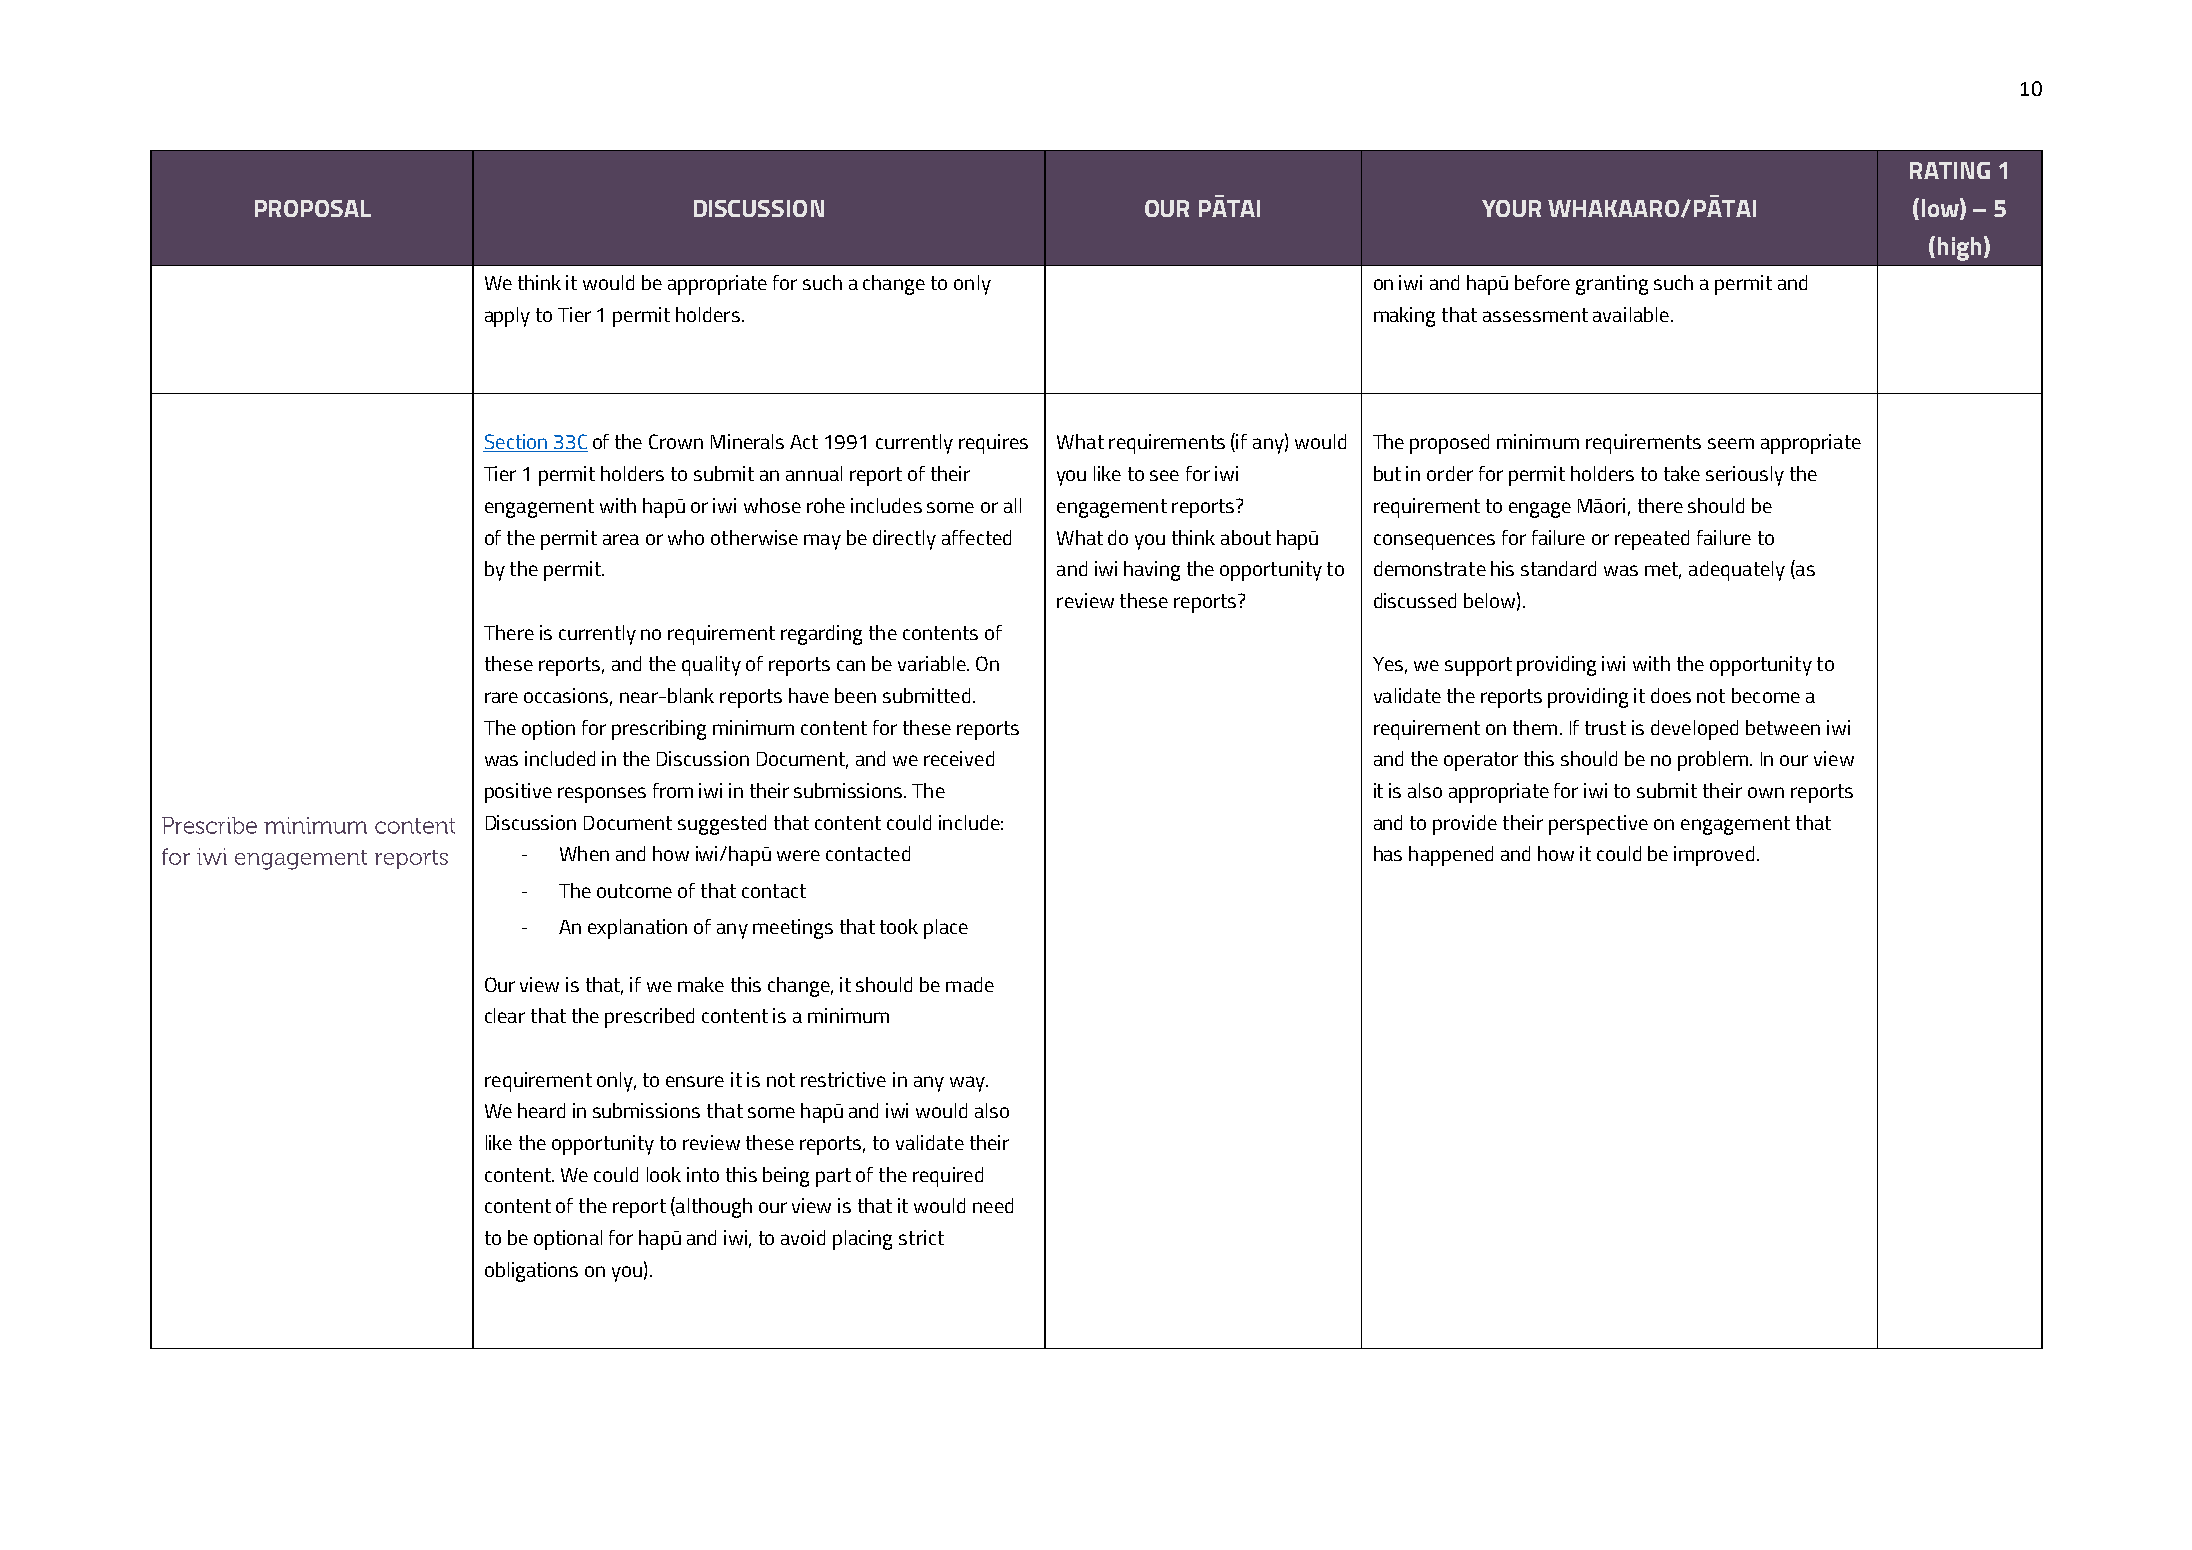
10
 RATING 1
 PROPOSAL                     DISCUSSION                    OUR PĀTAI             YOUR WHAKAARO/PĀTAI          (low) – 5
 (high)
 We think it would be appropriate for such a change to only on iwi and hapū before granting such a permit and
 apply to Tier 1 permit holders.                            making that assessment available.
 Section 33C of the Crown Minerals Act 1991 currently requires What requirements (if any) would The proposed minimum requirements seem appropriate
 Tier 1 permit holders to submit an annual report of their you like to see for iwi but in order for permit holders to take seriously the
 engagement with hapū or iwi whose rohe includes some or all engagement reports? requirement to engage Māori, there should be
 of the permit area or who otherwise may be directly affected What do you think about hapū consequences for failure or repeated failure to
 by the permit.                        and iwi having the opportunity to demonstrate his standard was met, adequately (as
 review these reports? discussed below).
 There is currently no requirement regarding the contents of
 these reports, and the quality of reports can be variable. On Yes, we support providing iwi with the opportunity to
 rare occasions, near-blank reports have been submitted.    validate the reports providing it does not become a
 The option for prescribing minimum content for these reports requirement on them. If trust is developed between iwi
 was included in the Discussion Document, and we received   and the operator this should be no problem. In our view
 positive responses from iwi in their submissions. The      it is also appropriate for iwi to submit their own reports
 Discussion Document suggested that content could include:  and to provide their perspective on engagement that
 - When and how iwi/hapū were contacted                  has happened and how it could be improved.
 - The outcome of that contact
 - An explanation of any meetings that took place
 Our view is that, if we make this change, it should be made
 clear that the prescribed content is a minimum
 requirement only, to ensure it is not restrictive in any way.
 We heard in submissions that some hapū and iwi would also
 like the opportunity to review these reports, to validate their
 content. We could look into this being part of the required
 content of the report (although our view is that it would need
 to be optional for hapū and iwi, to avoid placing strict
 obligations on you).